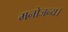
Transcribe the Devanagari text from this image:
मनोजन्य।